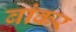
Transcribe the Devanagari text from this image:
बांकर